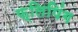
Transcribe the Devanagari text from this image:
फ्लिपिंग